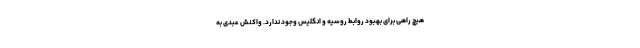
هیچ راهی برای بهبود روابط روسیه و انگلیس وجود ندارد. واکنش عبدی به